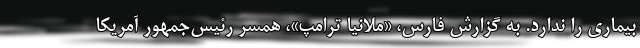
بیماری را ندارد. به گزارش فارس، «ملانیا ترامپ»، همسر رئیس‌جمهور آمریکا